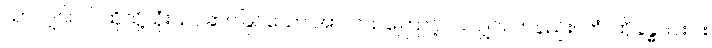
သာလျှင်။ ဝါ၊ ထိုသို့သုံးသပ်ဆင်ခြင်သော အာလယကြောင့်ပင်လျှင်။ တနည်း။ တံ၊ ထိုခန္ဓာငါးပါး